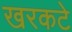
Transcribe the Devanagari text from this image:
खरकटे